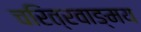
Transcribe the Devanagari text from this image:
चरित्रवाङ्मय